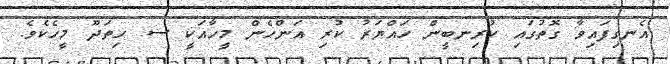
އެނގިފައިވާ ގޮތުގައި ކުރިނބީން ހައްޔަރު ކުރި އަންހެން މީހާއަކީ ސ. ހިތަދޫ މީހެކެވެ.